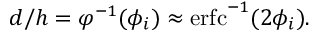
\begin{array} { r } { d / h = \varphi ^ { - 1 } ( \phi _ { i } ) \approx \operatorname { e r f c } ^ { - 1 } ( 2 \phi _ { i } ) . } \end{array}